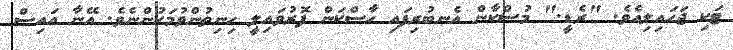
ޓަކި ޖަހައިލިއެވެ. "ރެޑީ." މުސްކާން އެނބުރިފައި ހާސްކަން ފޮރުވައިލީ ހިނިތުންވުމަކުންނެވެ. އޭނާ އައިސް